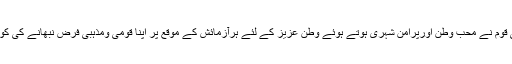
کہاکہ مسیحی قوم نے محب وطن اورپرامن شہری ہوتے ہوئے وطن عزیز کے لئے ہرآزمائش کے موقع پر اپنا قومی ومذہبی فرض نبھانے کی کوشش کی ہے۔